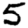
Digit: 5